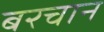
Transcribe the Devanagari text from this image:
बरचान